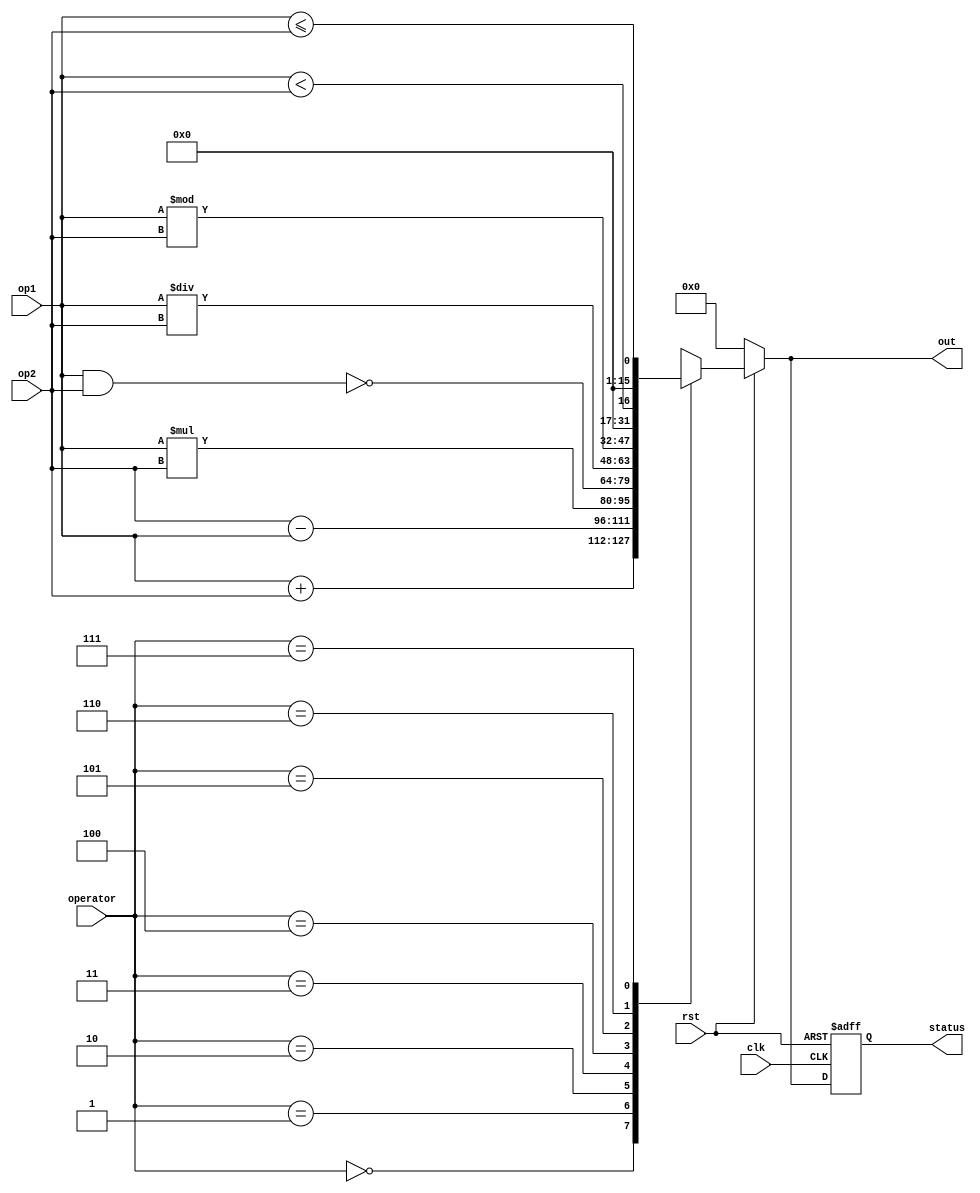
module alu16(

  input clk,rst,
  input [2:0] operator, // will depend on operatorSize
  input [15:0] op1,op2,
  
  output reg [15:0] out, status
  );
  `define numBits 16
  `define operatorSize 4

  //wire [0:`operatorSize - 1] operator;
  //wire signed [0:`numBits - 1] op1,op2;

  //reg [0:`numBits - 1] out, status;
	//wire [15:0] mult_out;
   //mult mult0 (op1,op2,mult_out);
	
  always@(*) begin
    if(rst == 1'b0) begin
      out <= `numBits'd0;
    end else begin
      case(operator)
      `operatorSize'h0: // ADD
        out <= op1 + op2;
      `operatorSize'h1: // SUB
        out <= op2 - op1;
      `operatorSize'h2: // MULT
        out <= (op1 * op2);//mult_out;
      `operatorSize'h3: // NAND
        out <= ~(op1 & op2);
      `operatorSize'h4: // DIV
        out <= op1 / op2;
      `operatorSize'h5: // MOD
        out <= op1 % op2;
      `operatorSize'h6: // LESS THAN 
        out <= op1 < op2;
      `operatorSize'h7: // LESS THAN OR EQUAL
        out <= op1 <= op2;
      default:  // NOP
        out <= `numBits'd0;
     endcase
    end
  end

  always@(posedge clk or negedge rst) begin
    if(rst == 1'b0) begin
      status = `numBits'd0;
    end else begin 
      status <= out;
    end
  end
endmodule